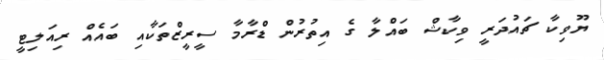
ޔޫވިކާ ޗައުދަރީ ވިކާޝް ބައްލާ ގެ އިތުރުން ޑްރާމާ ސީރީޒްތަކާއި ބައެއް ރިއަލިޓީ